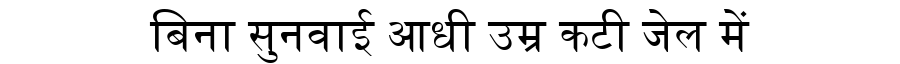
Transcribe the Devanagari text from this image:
बिना सुनवाई आधी उम्र कटी जेल में